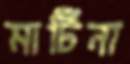
মার্টিনা